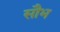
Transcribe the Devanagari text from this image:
सौभ